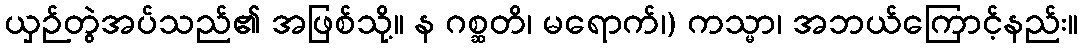
ယှဉ်တွဲအပ်သည်၏ အဖြစ်သို့။ န ဂစ္ဆတိ၊ မရောက်၊) ကသ္မာ၊ အဘယ်ကြောင့်နည်း။